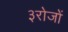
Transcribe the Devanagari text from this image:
३रोजों